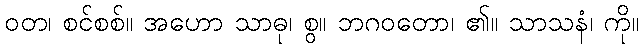
ဝတ၊ စင်စစ်။ အဟော သာဓု၊ စွ။ ဘဂဝတော၊ ၏။ သာသနံ၊ ကို။